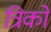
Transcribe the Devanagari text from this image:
त्रिको